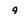
Character: 9